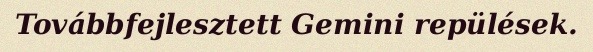
Továbbfejlesztett Gemini repülések.